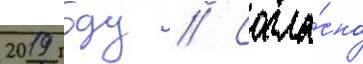
2019 году // Согла́сно